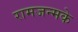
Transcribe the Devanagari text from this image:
रामजन्मके